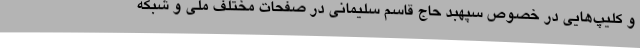
و کلیپ‌هایی در خصوص سپهبد حاج قاسم سلیمانی در صفحات مختلف ملی و شبکه